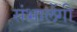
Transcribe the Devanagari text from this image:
संभालेंगी